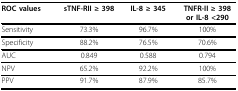
<table><thead><tr><td><b>ROC values</b></td><td><b>sTNF-RII ≥ 398</b></td><td><b>IL-8 ≥ 345</b></td><td><b>TNFR-II ≥ 398 or IL-8 &lt;290</b></td></tr></thead><tbody><tr><td>Sensitivity</td><td>73.3%</td><td>96.7%</td><td>100%</td></tr><tr><td>Specificity</td><td>88.2%</td><td>76.5%</td><td>70.6%</td></tr><tr><td>AUC</td><td>0.849</td><td>0.588</td><td>0.794</td></tr><tr><td>NPV</td><td>65.2%</td><td>92.2%</td><td>100%</td></tr><tr><td>PPV</td><td>91.7%</td><td>87.9%</td><td>85.7%</td></tr></tbody></table>